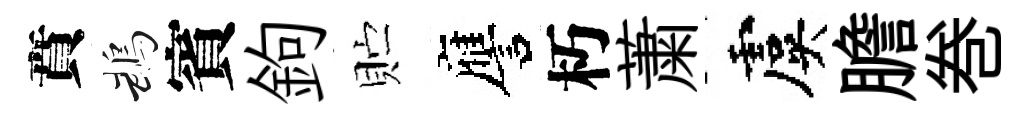
賁鵡賓鉤贮譍朽䔥虞膽巻